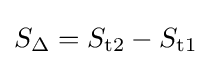
S_{\Delta }=S_{\text{t2}}-S_{\text{t1}}